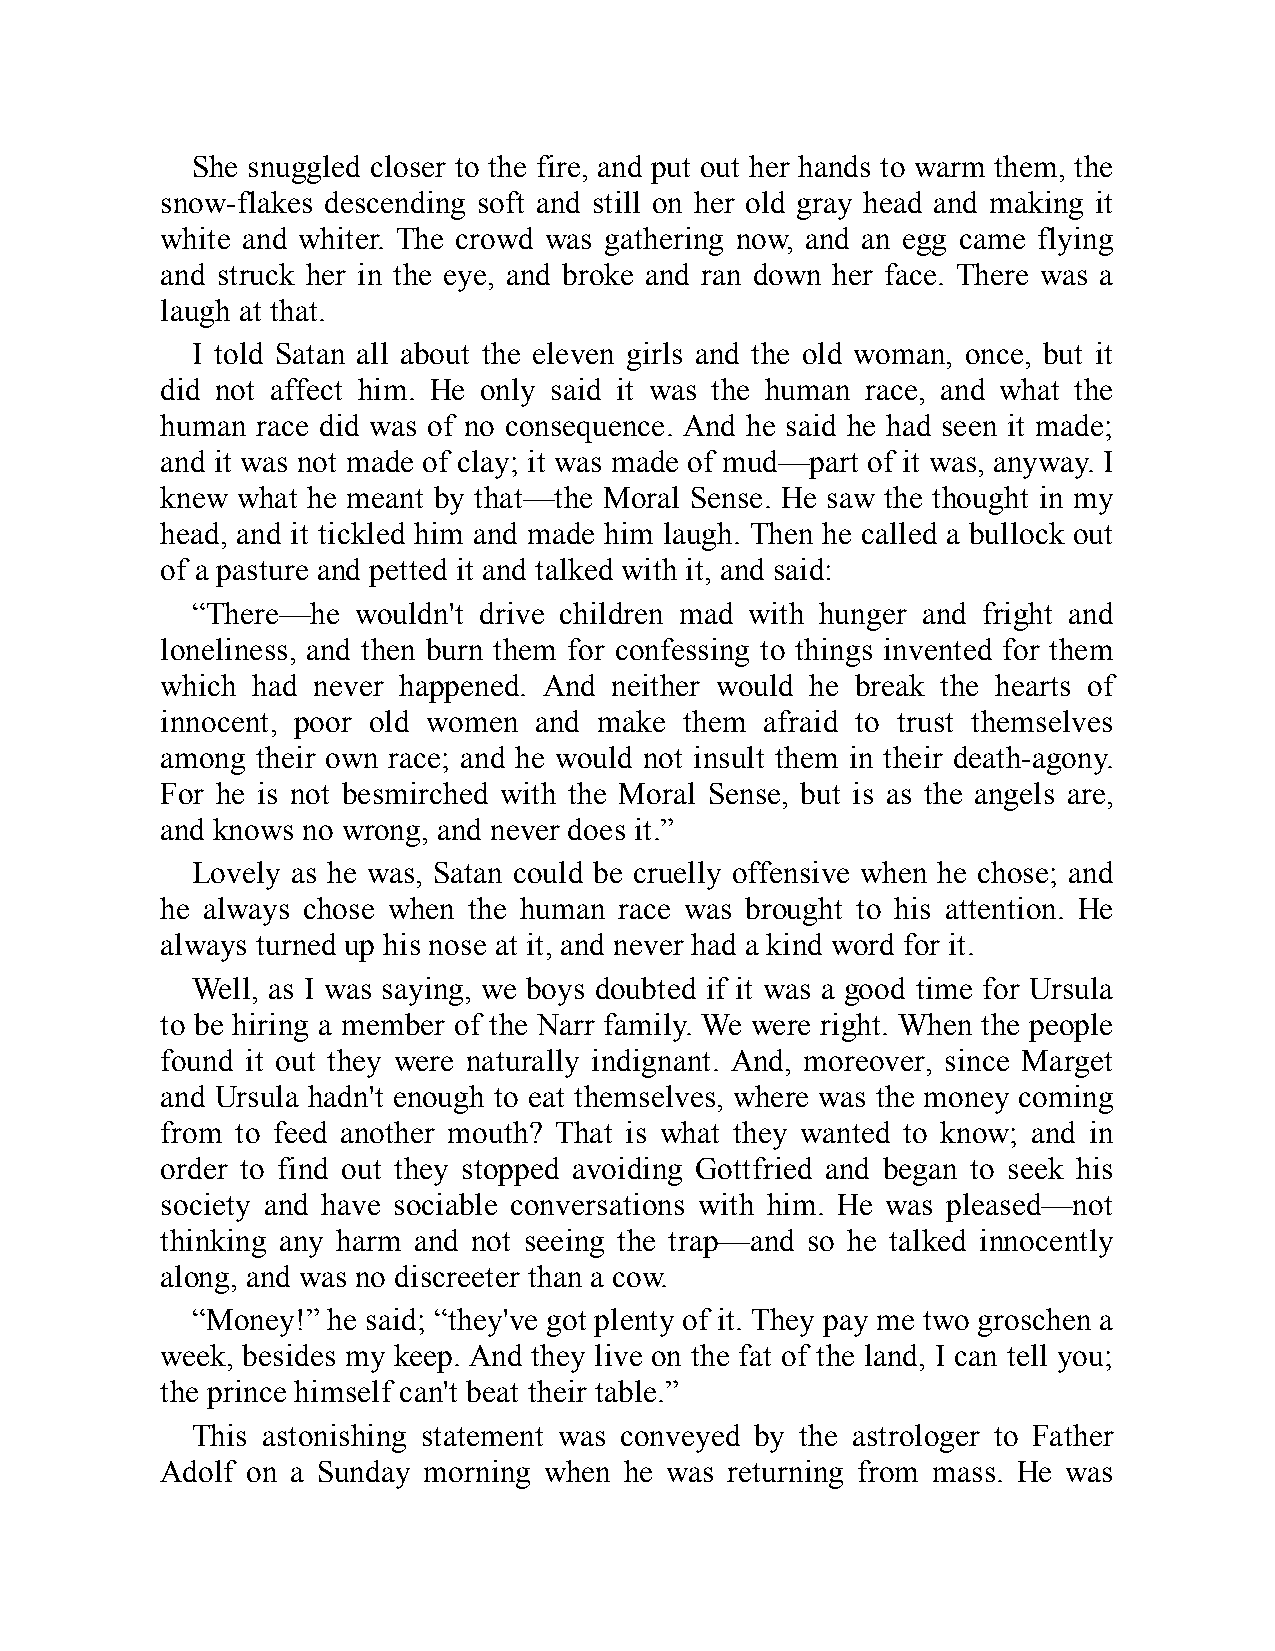
She snuggled closer to the fire, and put out her hands to warm them, the
 snow-flakes descending soft and still on her old gray head and making it
 white and whiter. The crowd was gathering now, and an egg came flying
 and struck her in the eye, and broke and ran down her face. There was a
 laugh at that.
 I told Satan all about the eleven girls and the old woman, once, but it
 did not affect him. He only said it was the human race, and what the
 human race did was of no consequence. And he said he had seen it made;
 and it was not made of clay; it was made of mud—part of it was, anyway. I
 knew what he meant by that—the Moral Sense. He saw the thought in my
 head, and it tickled him and made him laugh. Then he called a bullock out
 of a pasture and petted it and talked with it, and said:
 “There—he wouldn't drive children mad with hunger and fright and
 loneliness, and then burn them for confessing to things invented for them
 which had never happened. And neither would he break the hearts of
 innocent, poor old women and make them  afraid to trust themselves
 among their own race; and he would not insult them in their death-agony.
 For he is not besmirched with the Moral Sense, but is as the angels are,
 and knows no wrong, and never does it.”
 Lovely as he was, Satan could be cruelly offensive when he chose; and
 he always chose when the human race was brought to his attention. He
 always turned up his nose at it, and never had a kind word for it.
 Well, as I was saying, we boys doubted if it was a good time for Ursula
 to be hiring a member of the Narr family. We were right. When the people
 found it out they were naturally indignant. And, moreover, since Marget
 and Ursula hadn't enough to eat themselves, where was the money coming
 from to feed another mouth? That is what they wanted to know; and in
 order to find out they stopped avoiding Gottfried and began to seek his
 society and have sociable conversations with him. He was pleased—not
 thinking any harm and not seeing the trap—and so he talked innocently
 along, and was no discreeter than a cow.
 “Money!” he said; “they've got plenty of it. They pay me two groschen a
 week, besides my keep. And they live on the fat of the land, I can tell you;
 the prince himself can't beat their table.”
 This astonishing statement was conveyed by the astrologer to Father
 Adolf on a Sunday morning when he was returning from mass. He was